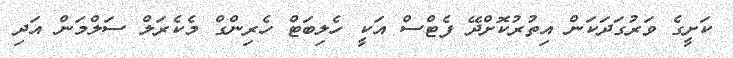
ކަށީގެ ވަރުގަދަކަން އިތުރުކޮށްދޭ ފެޓްސް އަކީ ހެލިބަޓް ހެރިންގް މެކެރަލް ސަލްމަން އަދި